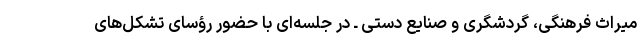
میراث فرهنگی، گردشگری و صنایع دستی ـ در جلسه‌ای با حضور رؤسای تشکل‌های